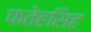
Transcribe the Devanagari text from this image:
फतेहसिह